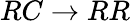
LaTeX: RC\to RR